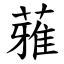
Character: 蕥